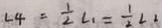
\angle 4 = \frac { 1 } { 2 } \angle 1 = \frac { 1 } { 2 } \angle 2